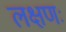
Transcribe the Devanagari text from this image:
लक्षणः